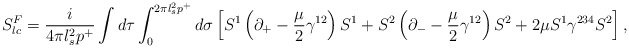
\begin{align*}S^F_{lc} = \frac{i}{4 \pi l_s^2 p^+} \int d \tau \int_{0}^{2 \pi l_s^2 p^+} d \sigma\left[ S^1 \left( \partial_+ - \frac{\mu}{2} \gamma^{12} \right) S^1 + S^2 \left( \partial_- - \frac{\mu}{2} \gamma^{12} \right) S^2 + 2 \mu S^1 \gamma^{234} S^2 \right],\end{align*}